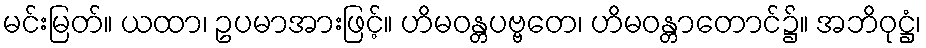
မင်းမြတ်။ ယထာ၊ ဥပမာအားဖြင့်။ ဟိမဝန္တပဗ္ဗတေ၊ ဟိမဝန္တာတောင်၌။ အဘိဝုဋ္ဌံ၊